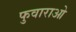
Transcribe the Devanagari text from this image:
फुवाराओ